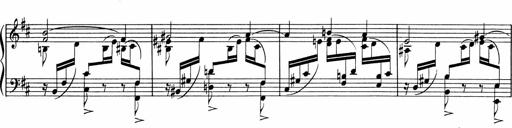
Title: Sonatine pour piano
Composer: Albert Roussel